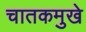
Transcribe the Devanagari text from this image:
चातकमुखे